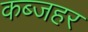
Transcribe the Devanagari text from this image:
कब्जहर